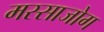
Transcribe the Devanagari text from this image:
मस्साजोग